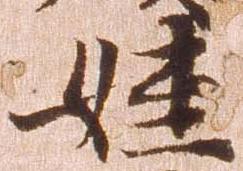
姪